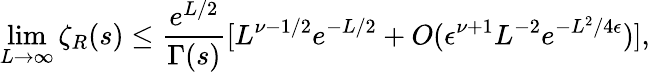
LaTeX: \operatorname*{lim}_{L\to\infty}\zeta_{R}(s)\le{\frac{e^{L/2}}{\Gamma(s)}}[L^{\nu-1/2}e^{-L/2}+O(\epsilon^{\nu+1}L^{-2}e^{-L^{2}/4\epsilon})],